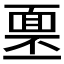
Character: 𩈓